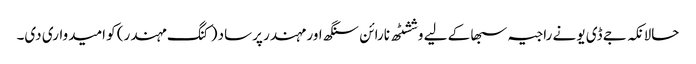
حالانکہ جے ڈی یو نے راجیہ سبھا کے لیے وششٹھ نارائن سنگھ اور مہندر پرساد (کنگ مہندر) کو امیدواری دی۔